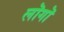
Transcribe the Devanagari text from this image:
लॊगॊ